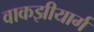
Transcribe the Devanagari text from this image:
वाकझीयार्ग